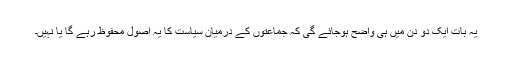
یہ بات ایک دو دن میں ہی واضح ہوجائے گی کہ جماعتوں کے درمیان سیاست کا یہ اصول محفوظ رہے گا یا نہیں۔